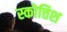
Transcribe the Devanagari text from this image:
स्कोत्तिश